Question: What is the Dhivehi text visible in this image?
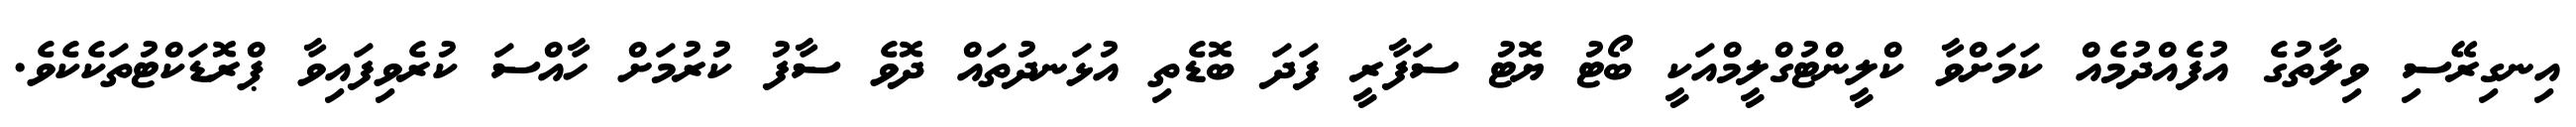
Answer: އިނގިރޭސި ވިލާތުގެ އުފެއްދުމެއް ކަމަށްވާ ކްލީންޓުގްލީމްއަކީ ބޯޓު ޔޮޓު ސަފާރީ ފަދަ ބޮޑެތި އުޅަނދުތައް ދޮވެ ސާފު ކުރުމަށް ހާއްސަ ކުރެވިފައިވާ ޕްރޮޑަކްޓުތަކެކެވެ.